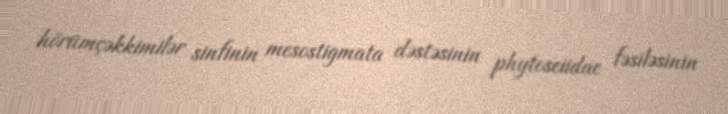
hörümçəkkimilər sinfinin mesostigmata dəstəsinin phytoseiidae fəsiləsinin